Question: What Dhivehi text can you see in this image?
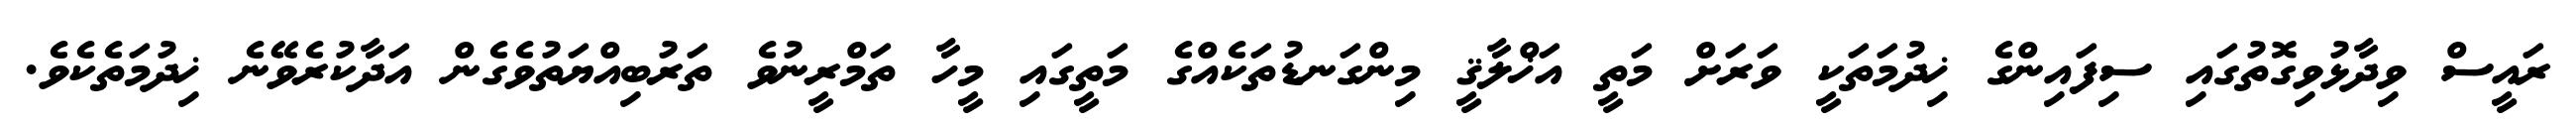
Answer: ރައީސް ވިދާޅުވިގޮތުގައި ސިފައިންގެ ޚިދުމަތަކީ ވަރަށް މަތީ އަޚްލާޤީ މިންގަނޑުތަކެއްގެ މަތީގައި މީހާ ތަމްރީނުވެ ތަރުބިއްޔަތުވެގެން އަދާކުރެވޭނެ ޚިދުމަތެކެވެ.